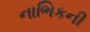
નાભિકની